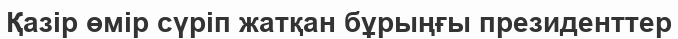
Қазір өмір сүріп жатқан бұрыңғы президенттер